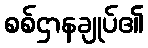
စစ်ဌာနချုပ်၏